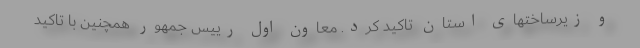
و زیرساختهای استان تاکید کرد. معاون اول رییس جمهور همچنین با تاکید